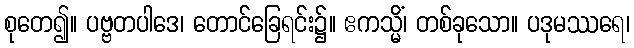
စုတေ၍။ ပဗ္ဗတပါဒေ၊ တောင်ခြေရင်း၌။ ဧကသ္မိံ၊ တစ်ခုသော။ ပဒုမဿရေ၊